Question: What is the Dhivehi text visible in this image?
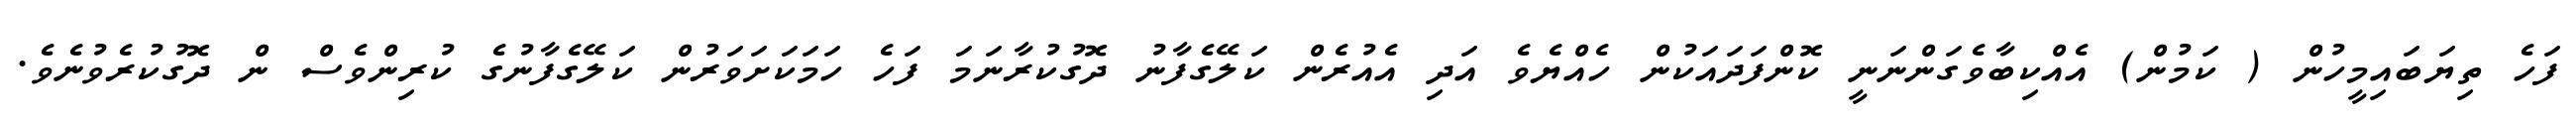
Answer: ފަހެ ތިޔަބައިމީހުން ( ކަމުން) އެއްކިބާވެގަންނަނީ ކޮންފަދައަކުން ހެއްޔެވެ އަދި އެއުރެން ކަލޭގެފާނު ދޮގުކުރާނަމަ ފަހެ ހަމަކަށަވަރުން ކަލޭގެފާނުގެ ކުރިންވެސް ން ދޮގުކުރެވުނެވެ.